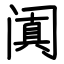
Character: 阗